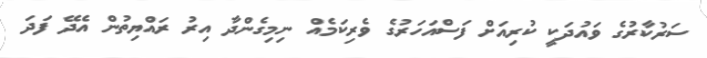
ސަރުކާރުގެ ވައުދަކީ ކުރިއަށް ފަސްއަހަރުގެ ވެރިކަމެއް ނިމިގެންދާ އިރު ރައްޔިތުން އެދޭ ފަދަ